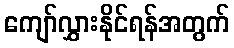
ကျော်လွှားနိုင်ရန်အတွက်